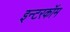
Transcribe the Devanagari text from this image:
इन्टरकॉम